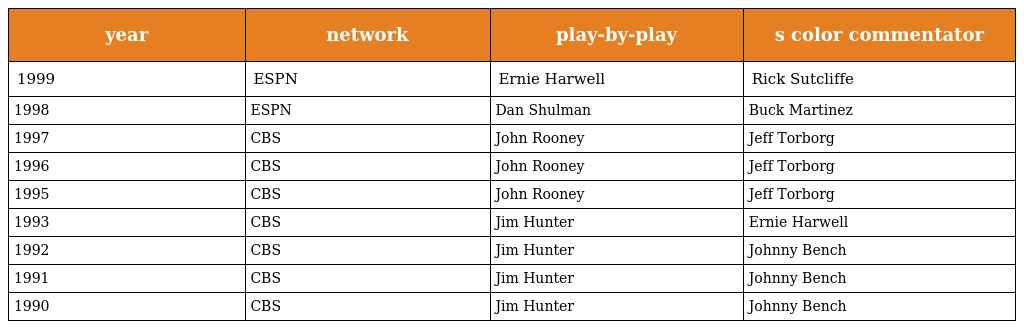
| year | network | play-by-play | s color commentator |
 | --- | --- | --- | --- |
 | 1999 | ESPN | Ernie Harwell | Rick Sutcliffe |
 | 1998 | ESPN | Dan Shulman | Buck Martinez |
 | 1997 | CBS | John Rooney | Jeff Torborg |
 | 1996 | CBS | John Rooney | Jeff Torborg |
 | 1995 | CBS | John Rooney | Jeff Torborg |
 | 1993 | CBS | Jim Hunter | Ernie Harwell |
 | 1992 | CBS | Jim Hunter | Johnny Bench |
 | 1991 | CBS | Jim Hunter | Johnny Bench |
 | 1990 | CBS | Jim Hunter | Johnny Bench |